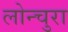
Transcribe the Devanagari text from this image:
लोन्चुरा